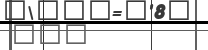
١٢٣